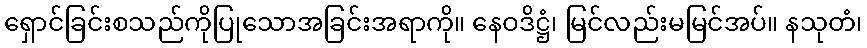
ရှောင်ခြင်းစသည်ကိုပြုသောအခြင်းအရာကို။ နေဝဒိဋ္ဌံ၊ မြင်လည်းမမြင်အပ်။ နသုတံ၊